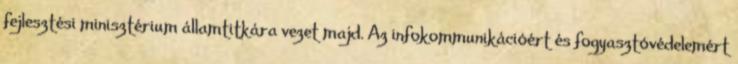
fejlesztési minisztérium államtitkára vezet majd. Az infokommunikációért és fogyasztóvédelemért